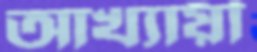
আখ্যায়ী